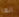
انها